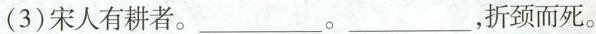
o(3)宋人有耕者。___。___，折颈而死